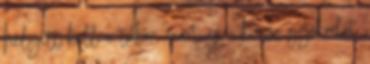
helyett kell a tükör, mert az a kurva gyakorlat